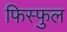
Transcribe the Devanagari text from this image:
फिस्फुल